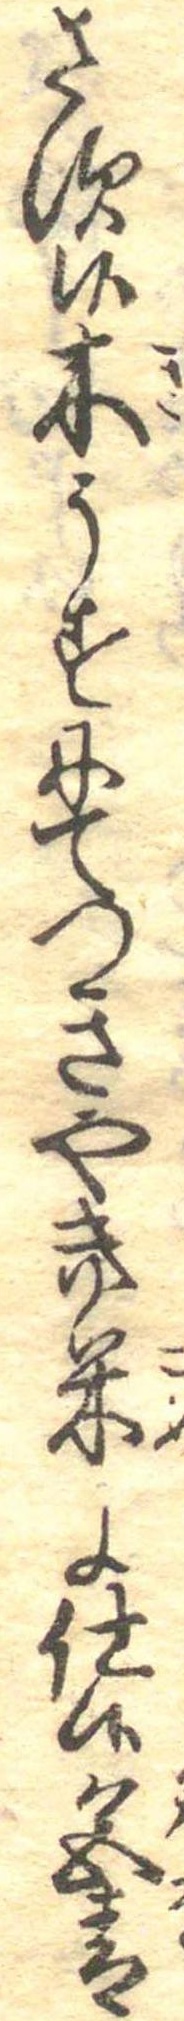
さす候木うすにてつきやき米に仕候色青